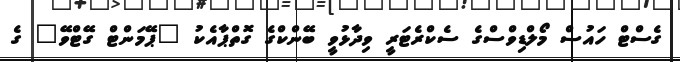
ގެސްޓް ހައުސް މޯލްޑިވްސްގެ ސެކްރެޓަރީ ވިދާޅުވީ ބޭންކްގެ ގޮތްޕާއެކު "ޕޭމަންޓް ގޭޓްވޭ" ގެ